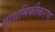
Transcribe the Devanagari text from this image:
प्राथमिकीकरण